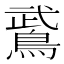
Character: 𫛁